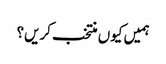
ہمیں کیوں منتخب کریں؟